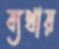
ব্যথায়